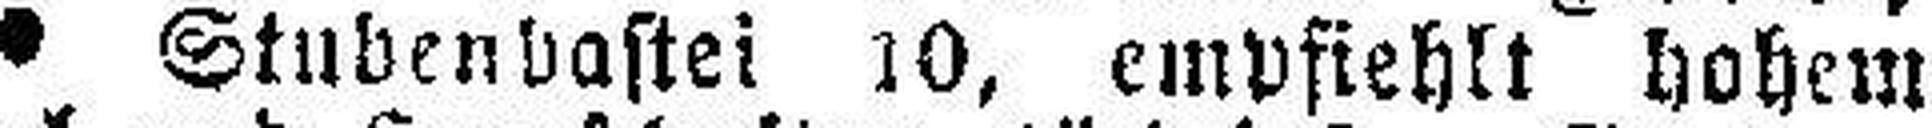
Stubenbastei 10, empfiehlt hohem